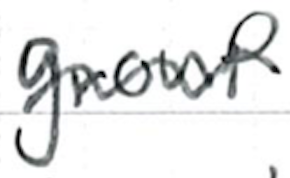
Text: group
Cross-out: wave
Writing tool: ballpoint